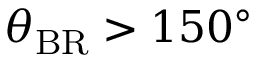
\theta _ { \mathrm { B R } } > 1 5 0 ^ { \circ }